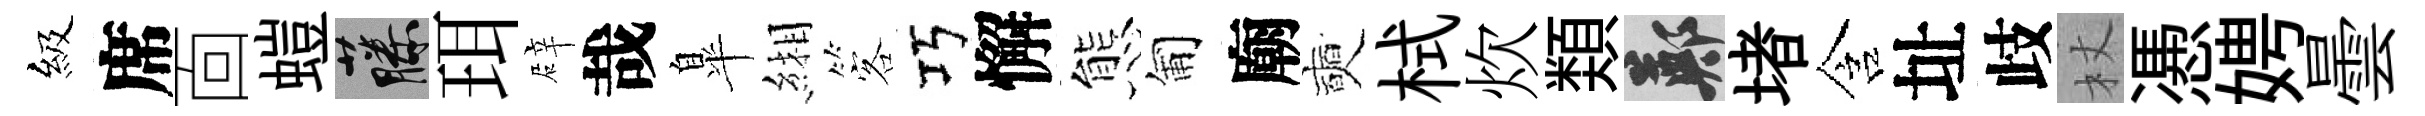
級席靣螘藤珥辟哉臯緗客巧懈態匍廟奭栻炊𩔖鄭堵含址歧杖慿娉曇